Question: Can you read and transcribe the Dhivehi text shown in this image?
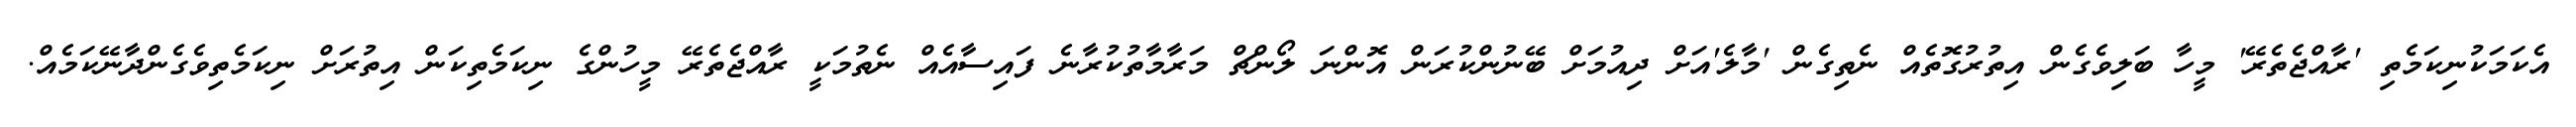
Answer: އެކަމަކުނިކަމެތި 'ރާއްޖެތެރޭ' މީހާ ބަލިވެގެން އިތުރުގޮތެއް ނެތިގެން 'މާލެ'އަށް ދިއުމަށް ބޭނުންކުރަން އޮންނަ ލޯންޗް މަރާމާތުކުރާނެ ފައިސާއެއް ނެތުމަކީ ރާއްޖެތެރޭ މީހުންގެ ނިކަމެތިކަން އިތުރަށް ނިކަމެތިވެގެންދާނޭކަމެއް.